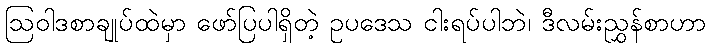
ဩဝါဒစာချုပ်ထဲမှာ ဖော်ပြပါရှိတဲ့ ဥပဒေသ ငါးရပ်ပါဘဲ၊ ဒီလမ်းညွှန်စာဟာ